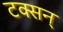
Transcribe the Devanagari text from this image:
टक्सन्